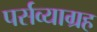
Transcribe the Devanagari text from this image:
पर्सव्याग्रह